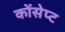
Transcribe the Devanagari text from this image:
कोंसेप्ट